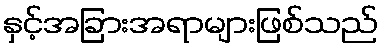
နှင့်အခြားအရာများဖြစ်သည်